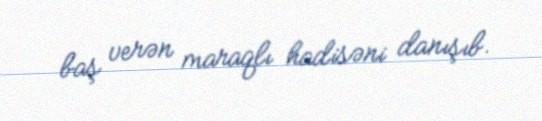
baş verən maraqlı hadisəni danışıb.